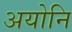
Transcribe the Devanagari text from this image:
अयोनि